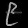
Digit: ၉